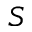
S